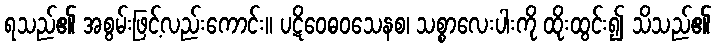
ရသည်၏ အစွမ်းဖြင့်လည်းကောင်း။ ပဋိဝေဓဝသေနစ၊ သစ္စာလေးပါးကို ထိုးထွင်း၍ သိသည်၏